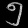
Digit: ၅